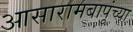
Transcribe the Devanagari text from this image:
आसारामबापूंच्या